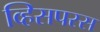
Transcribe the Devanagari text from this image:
व्हिसपरस